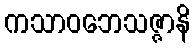
ကသာဝဘေသဇ္ဇာနိ